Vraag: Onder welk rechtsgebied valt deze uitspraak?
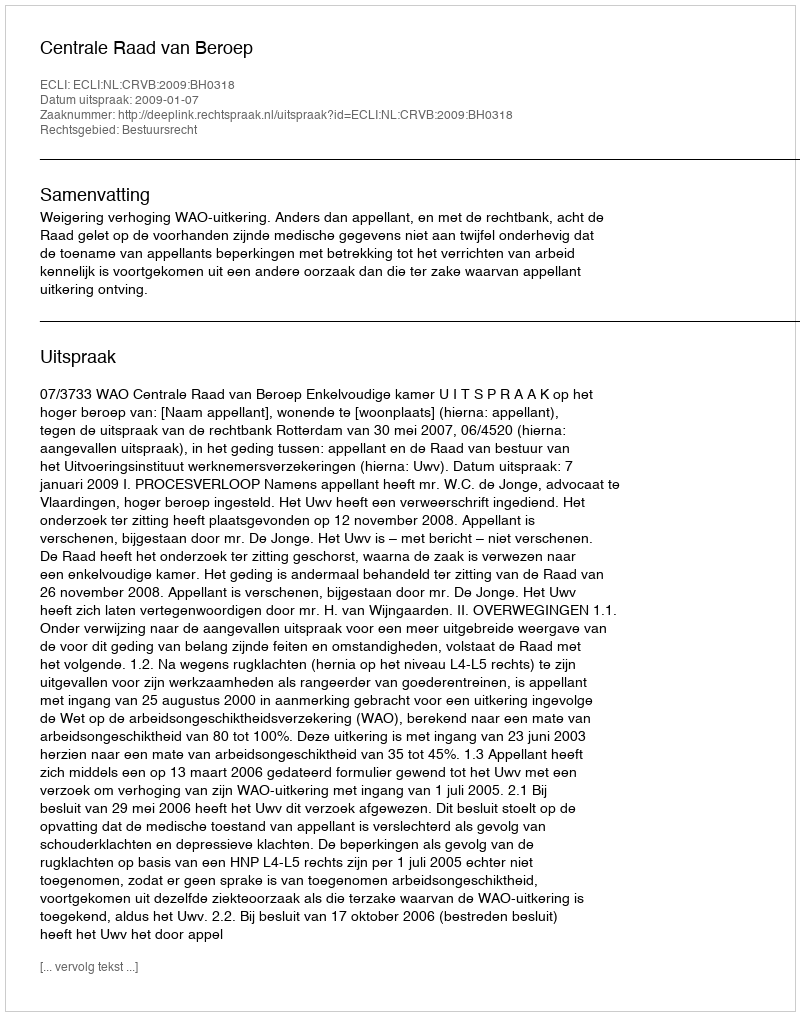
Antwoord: Bestuursrecht